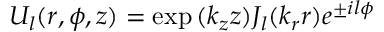
U _ { l } ( r , \phi , z ) = \exp { ( k _ { z } z ) } J _ { l } ( k _ { r } r ) e ^ { \pm i l \phi }